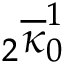
{ } _ { 2 } \overline { { \kappa } } _ { 0 } ^ { 1 }